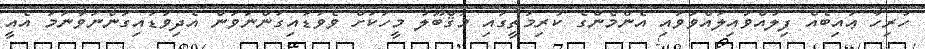
ހުރިހާ ޢައިބެއް ފިލުއްވައިލައްވަވައި އެންމެންގެ ކުރިމަތީގައި މަޤްބޫލު މީހަކަށް ވެވަޑައިގަންނަވަން އެދިވަޑައިގަންނަވާނަމަ އެއީ